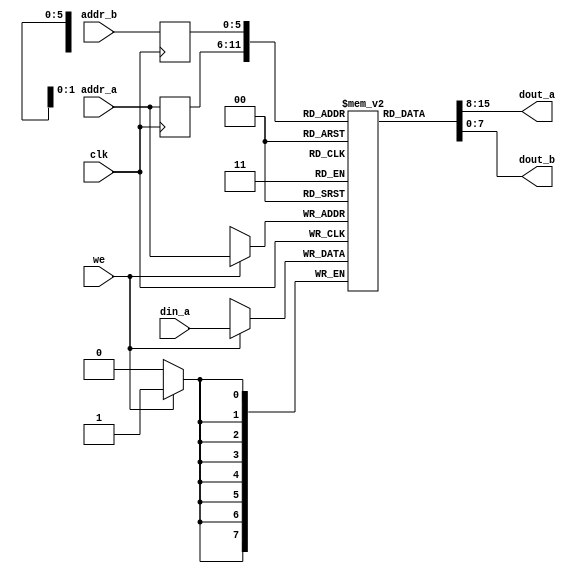
// Listing 12.4
// Dual-port RAM with synchronous read
// Modified from XST 8.1i v_rams_11

module xilinx_dual_port_ram_sync
   #(
     parameter ADDR_WIDTH = 6,
               DATA_WIDTH = 8
   )
   (
    input wire clk,
    input wire we,
    input wire [ADDR_WIDTH-1:0] addr_a, addr_b,
    input wire [DATA_WIDTH-1:0] din_a,
    output wire [DATA_WIDTH-1:0] dout_a, dout_b
   );

   // signal declaration
   reg [DATA_WIDTH-1:0] ram [2**ADDR_WIDTH-1:0];
   reg [ADDR_WIDTH-1:0] addr_a_reg, addr_b_reg;

   // body
   always @(posedge clk)
   begin
      if (we)  // write operation
        ram[addr_a] <= din_a;
      addr_a_reg <= addr_a;
      addr_b_reg <= addr_b;
   end
   // two read operations
   assign dout_a = ram[addr_a_reg];
   assign dout_b = ram[addr_b_reg];

endmodule